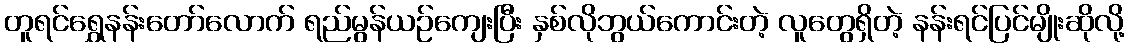
တူရင်ရွှေနန်းတော်လောက် ရည်မွန်ယဉ်ကျေးပြီး နှစ်လိုဘွယ်ကောင်းတဲ့ လူတွေရှိတဲ့ နန်းရင်ပြင်မျိုးဆိုလို့